Lunatic asylums in Bengal annual reports 1888-1898 - 1888-1898
Year: 1888
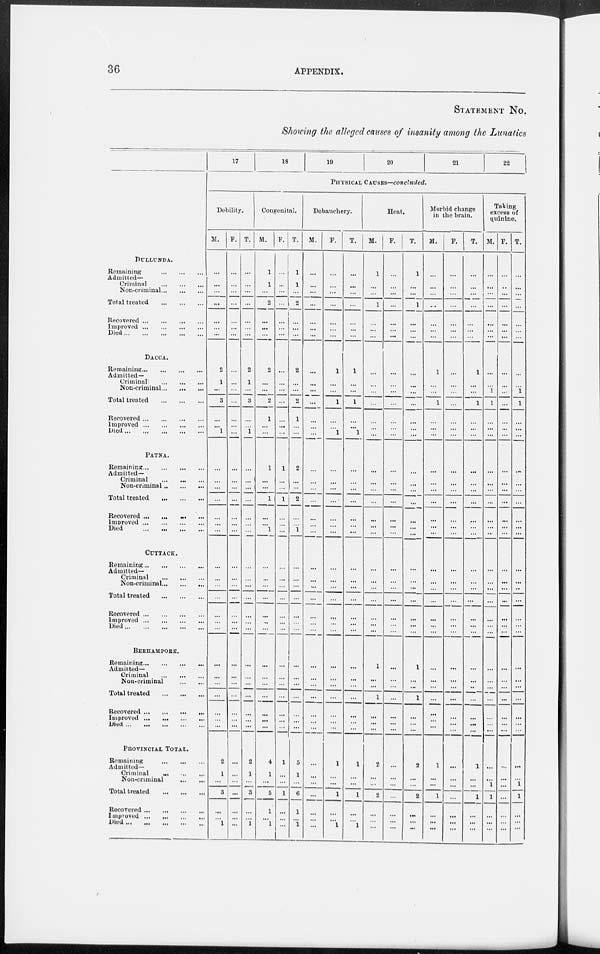
36
APPENDIX.
STATEMENT NO.
Showing the alleged causes of insanity among the Lunatics
DULLUNDA.
Remaining
...
...
...
Admitted-
Criminal ... ... ...
Non-criminal ... ... ...
Total treated
...
...
...
Recovered ... ... ... ...
Improved ... ... ...
Died ... ... ... ... ...
DACCA.
Remaining ... ... ... ...
Admitted-
Criminal
...
...
...
Non-criminal ... ... ...
Total treated
...
...
...
Recovered ... ... ... ...
Improved ... ... ... ...
Died ... ... ... ... ...
PATNA.
Remaining ... ... ... ...
Admitted-
Criminal ... ... ...
Non-criminal ... ... ...
Total treated
...
...
...
Recovered ... ... ... ...
Improved ... ... ... ...
Died ... ... ... ...
CUTTACK.
Remaining ... ... ... ...
Admitted-
Criminal
...
...
...
Non-criminal ... ... ...
Total treated
...
...
...
Recovered ... ... ... ...
Improved
...
...
...
...
Died ... ... ... ... ...
BERHAMPORE.
Remaining ... ... ... ...
Admitted-
Criminal
...
...
...
Non-criminal
...
...
Total treated
...
...
...
Recovered ... ... ... ...
Improved
...
...
...
...
Died ... ... ... ... ...
PROVINCIAL TOTAL.
Remaining
...
...
...
Admitted-
Criminal
...
...
...
Non-criminal
...
...
Total treated
...
...
...
Recovered ... ... ... ...
Improved ... ... ... ...
Died...
...
...
...
...
17
18
19
20
21
22
PHYSICAL CAUSES—concluded.
Debility.
M.
...
...
...
...
...
...
...
2
1
...
3
...
...
1
...
...
...
...
...
...
...
...
...
...
...
...
...
...
...
...
...
...
...
...
2
1
...
3
...
...
1
F.
...
...
...
...
...
...
...
...
...
...
...
...
...
...
...
...
...
...
...
...
...
...
...
...
...
...
...
...
...
...
...
...
...
...
...
...
...
...
...
...
...
T.
...
...
...
...
...
...
...
2
1
...
3
...
...
1
...
...
...
...
...
...
...
...
...
...
...
...
...
...
...
...
...
...
...
2
1
...
3
...
... 1
Congenital.
M.
1
1
...
2
...
...
...
2
...
...
2
1
...
...
1
...
...
1
...
...
1
...
...
...
...
...
...
...
...
...
...
...
...
...
4
1
...
5
1
...
1
F.
...
...
...
...
...
...
...
...
...
...
...
...
...
...
1
...
...
1
...
...
...
...
...
...
...
...
...
...
...
...
...
...
...
...
1
...
...
1
...
...
...
T.
1
1
...
2
...
...
...
2
...
...
2
1
...
...
2
...
...
2
...
...
1
...
...
...
...
...
...
...
...
...
...
...
...
...
5
1
...
6
1
...
...
Debauchery.
M.
...
...
...
...
...
...
...
...
...
...
...
...
...
...
...
...
...
...
...
...
...
...
...
...
...
...
...
...
...
...
...
...
...
...
...
...
...
...
...
...
...
F.
...
...
...
...
...
...
...
1
...
...
1
...
...
1
...
...
...
...
...
...
...
...
...
...
...
...
...
...
...
...
...
...
...
...
1
...
...
1
...
...
1
T.
...
...
...
...
...
...
...
1
...
...
1
...
...
1
...
...
...
...
...
...
...
...
...
...
...
...
...
...
...
...
...
...
...
...
1
...
...
1
...
... 1
Heat.
M.
1
...
...
1
...
...
...
...
...
...
...
...
...
...
...
...
...
...
...
...
...
...
...
...
...
...
...
1
...
...
1
...
...
...
2
...
...
2
...
...
...
F.
...
...
...
...
...
...
...
...
...
...
...
...
...
...
...
...
...
...
...
...
...
...
...
...
...
...
...
...
...
...
...
...
...
...
...
...
...
...
...
...
...
T.
1
...
...
1
...
...
...
...
...
...
...
...
...
...
...
...
...
...
...
...
...
...
...
...
...
...
...
1
...
...
1
...
...
...
2
...
...
2
...
...
...
Morbid change
in the brain.
M.
...
...
...
...
...
...
...
1
...
...
1
...
...
...
...
...
...
...
...
...
...
...
...
...
...
...
...
...
...
...
...
...
...
...
1
...
...
1
...
...
...
F.
...
...
...
...
...
...
...
...
...
...
...
...
...
...
...
...
...
...
...
...
...
...
...
...
...
...
...
...
...
...
...
...
...
...
...
...
...
...
...
...
...
T.
...
...
...
...
...
...
...
1
...
...
1
...
...
...
...
...
...
...
...
...
...
...
...
...
...
...
...
...
...
...
...
...
...
...
1
...
...
1
...
...
...
Taking
excess of
quinine.
M.
...
...
...
...
...
...
...
...
...
1
1
...
...
...
...
...
...
...
...
...
...
...
...
...
...
...
...
...
...
...
...
...
...
...
...
...
1
1
...
...
...
F.
...
..
...
...
...
...
...
...
...
...
...
...
...
...
...
...
...
...
...
...
...
...
...
...
...
...
...
...
...
...
...
...
...
...
...
...
...
...
...
...
...
T.
...
...
...
...
...
...
...
...
...
1
1
...
...
...
...
...
...
...
...
...
...
...
...
...
...
...
...
...
...
...
...
...
...
...
...
...
1
1
...
...
...